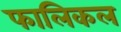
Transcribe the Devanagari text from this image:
फालिकल